Civil Veterinary Department Bihar reports 1940-50 - 1940-1950
Year: 1940
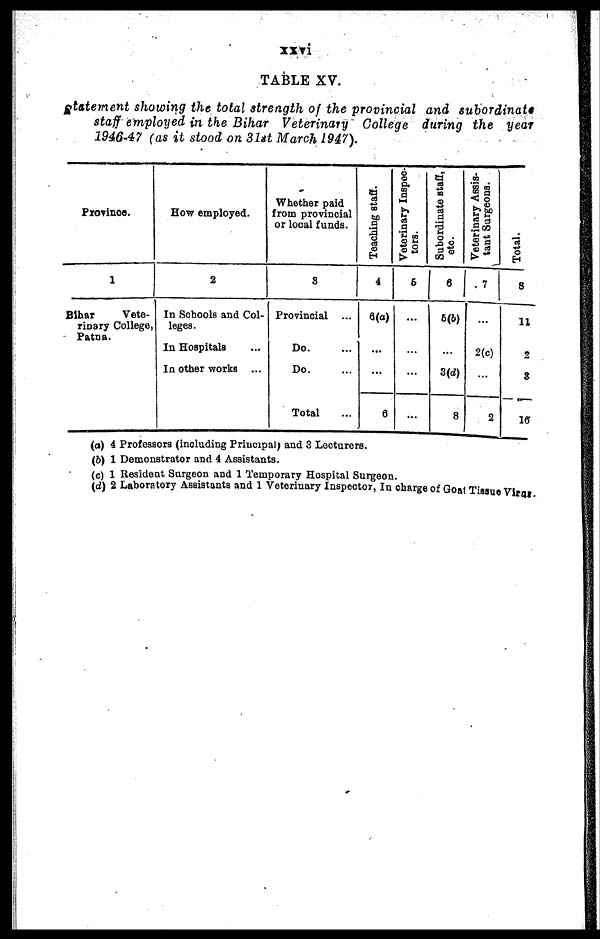
xxvi
TABLE XV.
Statement showing the total strength of the provincial and subordinate
staff employed in the Bihar Veterinary College during the year
1946-47 (as it stood on 31st March 1947).
Province.
1
Bihar
Vete-
rinary College,
Patna.
How employed.
2
In Schools and Col-
leges.
In Hospitals ...
In other works ...
Whether paid
from provincial
or local funds.
3
Provincial ...
Do. ...
Do....
Total ...
Teaching staff.
4
6(a)
...
...
6
Veterinary Inspec-
tors.
6
...
...
...
...
Subordinate staff,
etc.
6
6(6)
...
3(d)
8
Veterinary Assis-
tant Surgeons.
7
...
2(c)
...
2
Total.
8
11
2
8
16
(a) 4 Professors (including Principal) and 3 Lecturers.
(b) 1 Demonstrator and 4 Assistants.
(c) 1 Resident Surgeon and 1 Temporary Hospital Surgeon.
(d) 2 Laboratory Assistants and 1 Veterinary Inspector, In charge of Goal Tissue Virus.